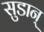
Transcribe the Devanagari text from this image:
सुडान्